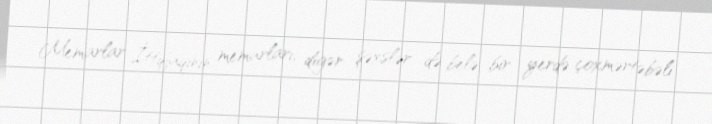
Memarlar İttifaqının memarları, digər şəxslər də belə bir yerdə çoxmərtəbəli